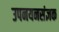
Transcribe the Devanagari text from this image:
उपनयनसंज्ञक